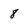
Character: 8